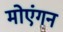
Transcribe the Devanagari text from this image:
मोएंगन